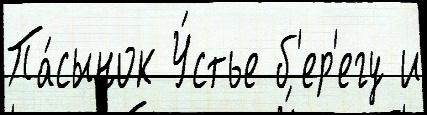
Па́сынок У́стье б'ер'егу и